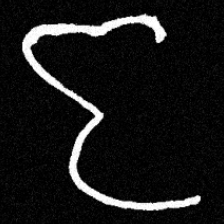
Pyu character \u2014 Myanmar letter: ဇ (romanized: ja)